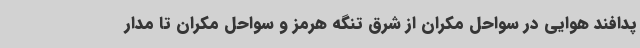
پدافند هوایی در سواحل مکران از شرق تنگه هرمز و سواحل مکران تا مدار